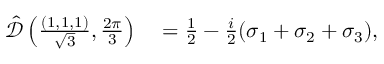
\begin{array} { r l } { \hat { \mathcal { D } } \left( \frac { ( 1 , 1 , 1 ) } { \sqrt { 3 } } , \frac { 2 \pi } { 3 } \right) } & { { } = \frac { 1 } { 2 } - \frac { i } { 2 } ( \sigma _ { 1 } + \sigma _ { 2 } + \sigma _ { 3 } ) , } \end{array}